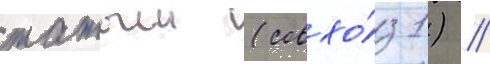
татыш (совхо́з 1) //